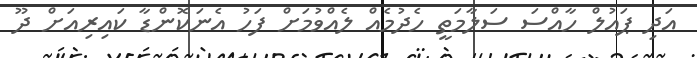
އަދި ޕައުލް ހާއްސަ ސަލާމަތީ ހެދުމެއް ލެއްވުމަށް ފަހު އެނަކޮންޑާ ކައިރިއަށް ދޫ